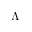
\Lambda